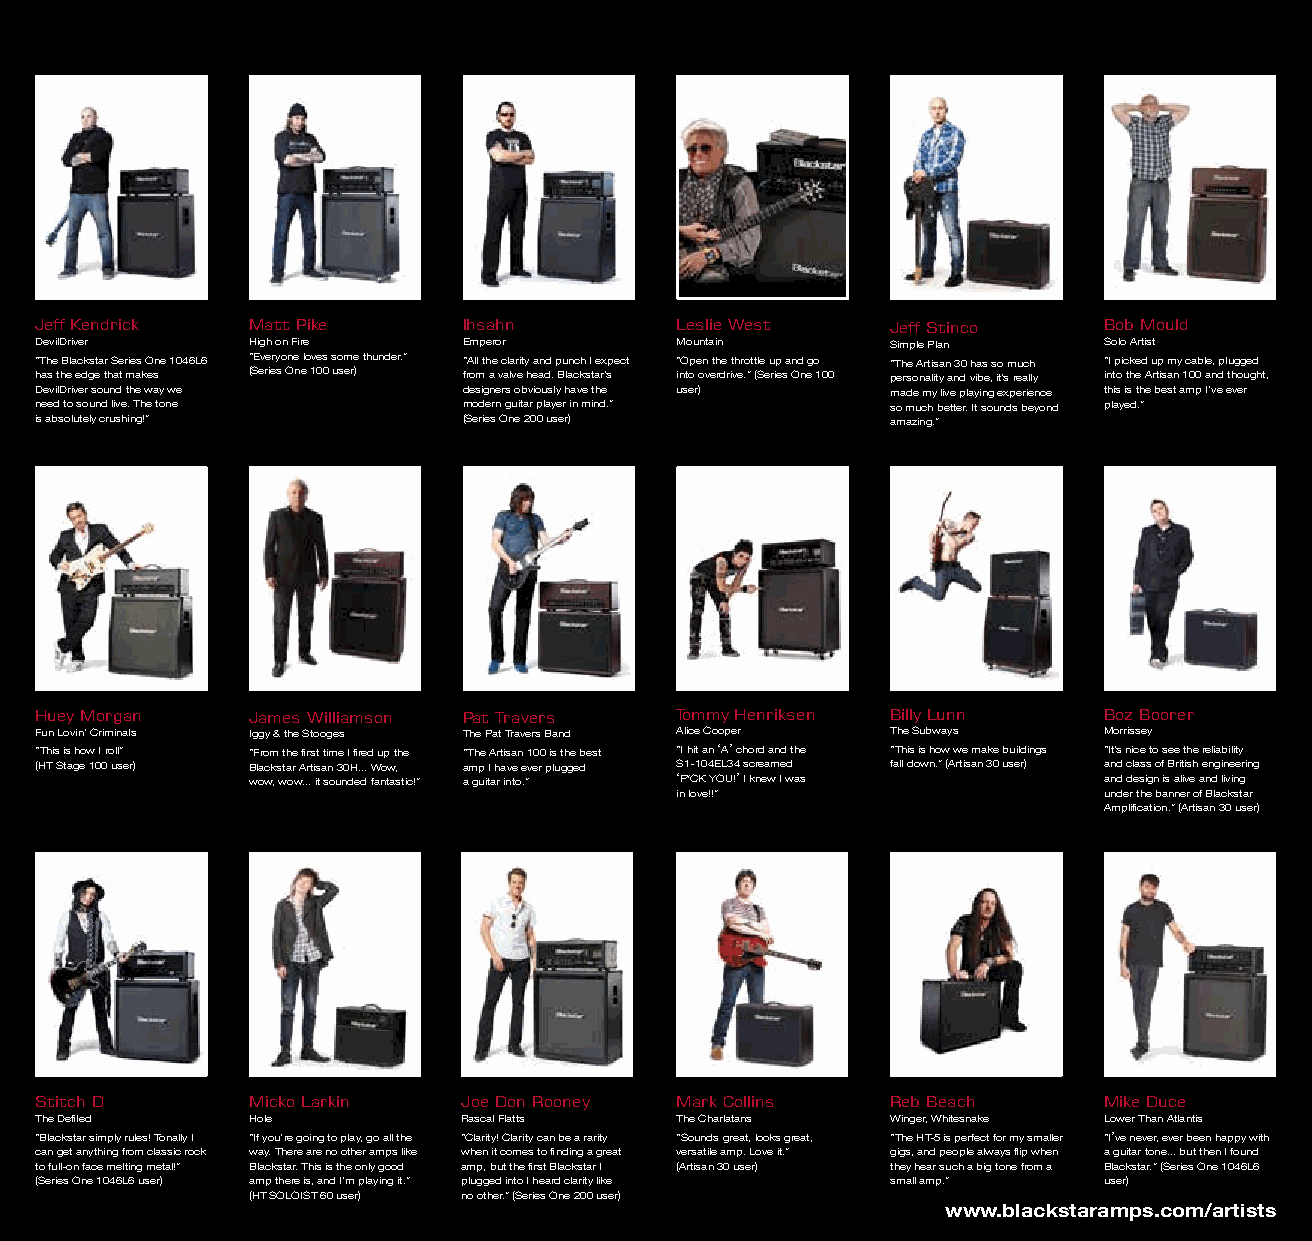
Jeff Kendrick Matt Pike      Ihsahn        Leslie West   Jeff Stinco   Bob Mould
 DevilDriver   High on Fire   Emperor       Mountain      Simple Plan   Solo Artist
 “The Blackstar Series One 1046L6 “Everyone loves some thunder.” “All the clarity and punch I expect “Open the throttle up and go “The Artisan 30 has so much “I picked up my cable, plugged
 has the edge that makes (Series One 100 user) from a valve head. Blackstar’s into overdrive.” (Series One 100 personality and vibe, it’s really into the Artisan 100 and thought,
 DevilDriver sound the way we designers obviously have the user) made my live playing experience this is the best amp I’ve ever
 need to sound live. The tone modern guitar player in mind.” so much better. It sounds beyond played.”
 is absolutely crushing!”     (Series One 200 user)       amazing.”
 Huey Morgan   James Williamson Pat Travers Tommy Henriksen Billy Lunn  Boz Boorer
 Fun Lovin’ Criminals Iggy & the Stooges The Pat Travers Band Alice Cooper The Subways Morrissey
 “This is how I roll” “From the first time I fired up the “The Artisan 100 is the best “I hit an ‘A’ chord and the “This is how we make buildings “It’s nice to see the reliability
 (HT Stage 100 user) Blackstar Artisan 30H... Wow, amp I have ever plugged S1-104EL34 screamed fall down.” (Artisan 30 user) and class of British engineering
 wow, wow... it sounded fantastic!” a guitar into.” ‘F*CK YOU!’ I knew I was and design is alive and living
 in love!!”                  under the banner of Blackstar
 Amplification.” (Artisan 30 user)
 Stitch D      Micko Larkin  Joe Don Rooney Mark Collins  Reb Beach     Mike Duce
 The Defiled   Hole          Rascal Flatts  The Charlatans Winger, Whitesnake Lower Than Atlantis
 “Blackstar simply rules! Tonally I “If you’re going to play, go all the “Clarity! Clarity can be a rarity “Sounds great, looks great, “The HT-5 is perfect for my smaller “I’ve never, ever been happy with
 can get anything from classic rock way. There are no other amps like when it comes to finding a great versatile amp. Love it.” gigs, and people always flip when a guitar tone... but then I found
 to full-on face melting metal!” Blackstar. This is the only good amp, but the first Blackstar I (Artisan 30 user) they hear such a big tone from a Blackstar.” (Series One 1046L6
 (Series One 1046L6 user) amp there is, and I’m playing it.” plugged into I heard clarity like small amp.” user)
 (HT SOLOIST 60 user) no other.” (Series One 200 user)
 www.blackstaramps.com/artists